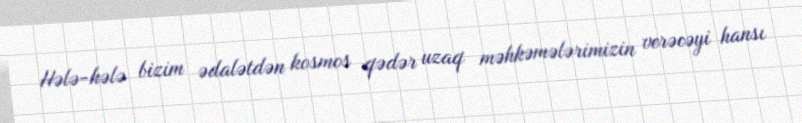
Hələ-hələ bizim ədalətdən kosmos qədər uzaq məhkəmələrimizin verəcəyi hansı